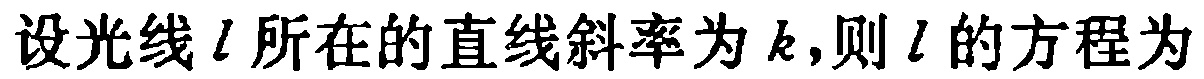
设光线\(l\)所在的直线斜率为\(k\)，则\(l\)的方程为